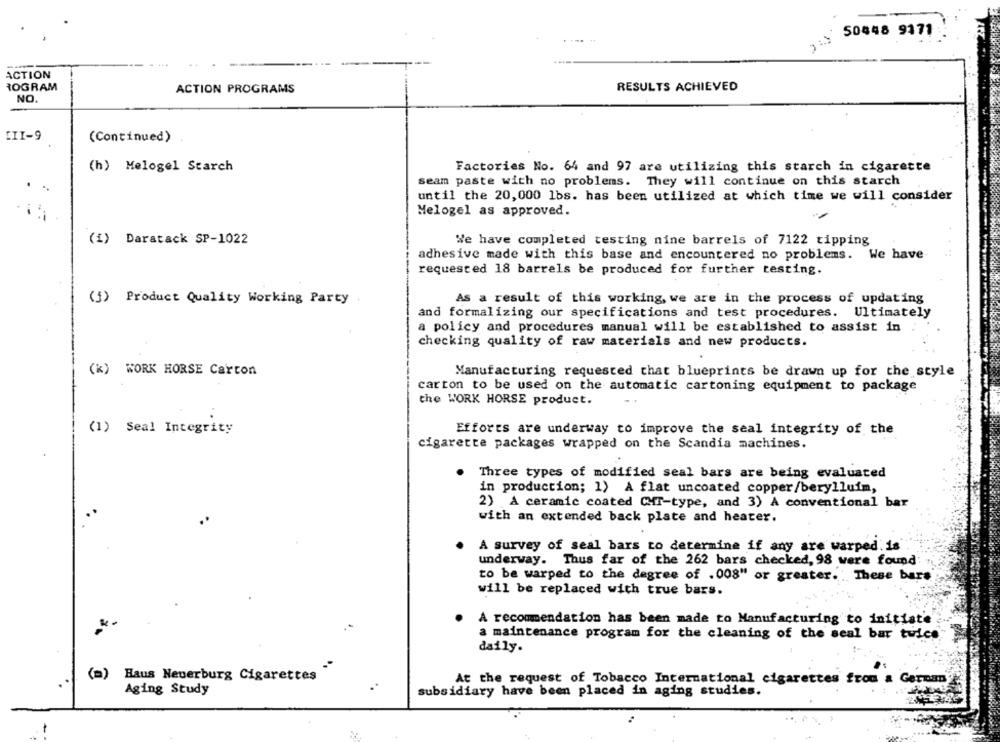
50448 9171
ACTION
ROGRAM
ACTION PROGRAMS
RESULTS ACHIEVED
NO.
[II-9
(Continued)
(h) Melogel Starch
Factories No. 64 and 97 are utilizing this starch in cigarette
seam paste with no problems. They will continue on this starch
until the 20,000 1bs. has been utilized at which time we will consider
Melogel as approved.
(i) Daratack SP-1022
We have completed testing nine barrels of 7122 tipping
adhesive made with this base and encountered no problems. We have
requested 18 barrels be produced for further testing.
(1) Product Quality Working Party
As a result of this working, we are in the process of updating
and formalizing our specifications and test procedures. Ultimately
a policy and procedures manual will be established to assist in
checking quality of raw materials and new products.
(*) WORK HORSE Carton
Manufacturing requested that blueprints be drawn up for the style
carton to be used on the automatic cartoning equipment to package
the WORK HORSE product.
(1) Seal Integrity
Efforts are underway to improve the seal integrity of the
cigarette packages wrapped on the Scandia machines.
Three types of modified seal bars are being evaluated
in production; 1) A flat uncoated copper/berylluim,
2) A ceramic coated CHT-type, and 3) A conventional bar
with an extended back plate and heater.
A survey of seal bars to determine if any are warped. is
underway. Thus far of the 262 bars checked, 98 were found:
to be warped to the degree of .008" or greater. These bars
will be replaced with true bars.
A recommendation has been made to Manufacturing to initiate
a maintenance program for the cleaning of the seal bar twice
daily.
(=)
Haus Neuerburg Cigarettes
At the request of Tobacco International cigarettes from a German
Aging Study
subsidiary have been placed in aging studies.